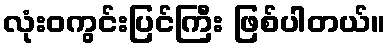
လုံးဝကွင်းပြင်ကြီး ဖြစ်ပါတယ်။